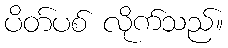
ပိတ်ပစ် လိုက်သည်။